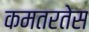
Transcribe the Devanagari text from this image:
कमतरतेस